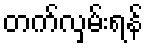
တက်လှမ်းရန်